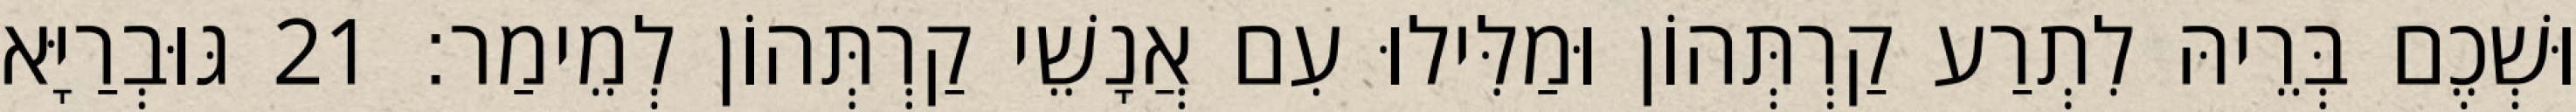
וּשְׁכֶם בְּרֵיהּ לִתְרַע קַרְתְּהוֹן וּמַלִּילוּ עִם אֲנָשֵׁי קַרְתְּהוֹן לְמֵימַר׃ 21 גּוּבְרַיָּא